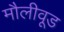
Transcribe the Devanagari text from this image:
मौलीवूड